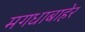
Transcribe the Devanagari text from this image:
मगधाबाहेर